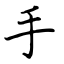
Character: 手